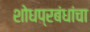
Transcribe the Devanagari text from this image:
शोधप्रबंधांचा